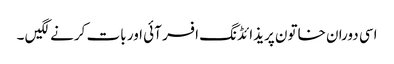
اسی دوران خاتون پریذائڈنگ افسر آئی اور بات کرنے لگیں ۔